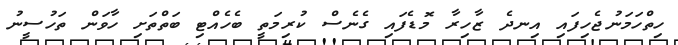
ހިތްހަމަނުޖެހިފައި އިނދެ ޒާހިރާ މޮޑެފައި ގެނެސް ކުރިމަތީ ބެހެއްޓި ބަތްތަށި ހާވަން ތަހުސީނު